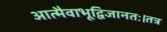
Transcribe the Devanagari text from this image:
आत्मैवाभूद्विजानतः।तत्र